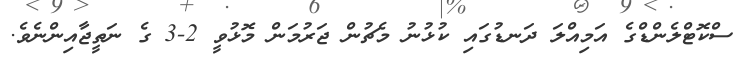
ސްކޮޓްލެންޑްގެ އަމިއްލަ ދަނޑުގައި ކުޅުނު މެޗުން ޖަރުމަން މޮޅުވީ 2-3 ގެ ނަތީޖާއިންނެވެ.